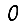
Digit: 0